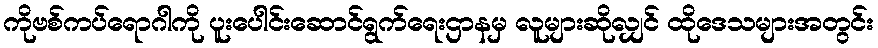
ကိုဗစ်ကပ်ရောဂါကို ပူးပေါင်းဆောင်ရွက်ရေးဌာနမှ လူများဆိုလျှင် ထိုဒေသများအတွင်း